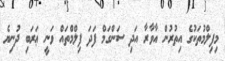
މިފިލްމުތަކުގެ އިތުރުން އާވާރާ އަދި ސަންގަމް ފަދަ ފިލްމްތައް ވަނީ ޢަރަބި ދުނިޔެ